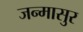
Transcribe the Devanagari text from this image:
जन्मासुर